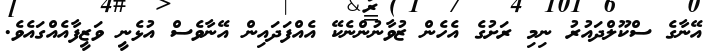
އޭނާގެ ސްކޫލްދައުރު ނިމި ރަށުގެ އެހެން ޒުވާނުންނެކޭ އެއްފަދައިން އޭނާވެސް އުޅެނީ ވަޒީފާއެއްގައެވެ.